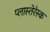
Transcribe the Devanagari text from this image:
प्लास्तेरेस्क